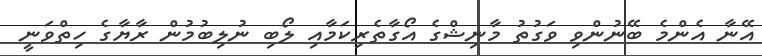
އޭނާ އެންމެ ބޭނުންވި ވަގުތު މާނިޝްގެ އޯގާތެރިކަމާއި ލޯބި ނުލިބުމުން ރާޔާގެ ހިތްވަނީ